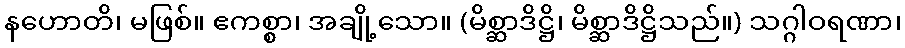
နဟောတိ၊ မဖြစ်။ ဧကစ္စာ၊ အချို့သော။ (မိစ္ဆာဒိဋ္ဌိ၊ မိစ္ဆာဒိဋ္ဌိသည်။) သဂ္ဂါဝရဏာ၊